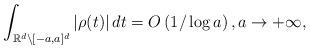
LaTeX: \begin{align*}\int_ {\mathbb R^d \setminus [-a,a]^d} |\rho(t)|\,dt = O\left ( 1/\log a \right ),a\to +\infty,\end{align*}